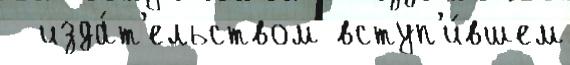
  изда́т'ельством вступ'и́вшем